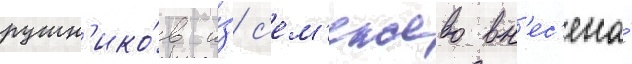
рушн'ико́в и́з с'ем'ежево вн'ес'ена́